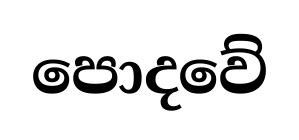
පොදවේ